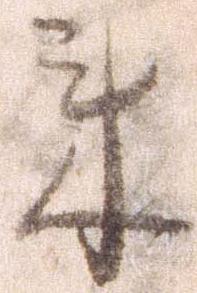
来